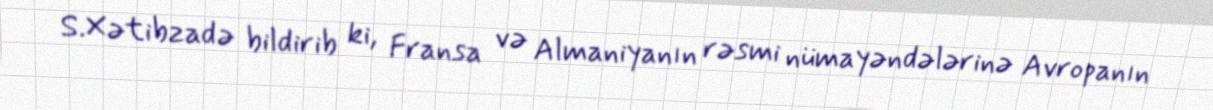
S.Xətibzadə bildirib ki, Fransa və Almaniyanın rəsmi nümayəndələrinə Avropanın